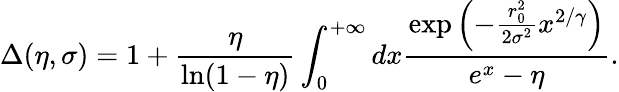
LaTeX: \Delta(\eta,\sigma)=1+\frac{\eta}{\ln(1-\eta)}\int_{0}^{+\infty}dx\frac{\exp\left(-\frac{r_{0}^{2}}{2\sigma^{2}}x^{2/\gamma}\right)}{e^{x}-\eta}.